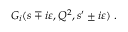
G _ { i } ( s \mp i \varepsilon , Q ^ { 2 } , s ^ { \prime } \pm i \varepsilon ) \; .